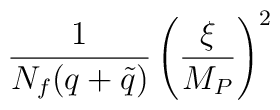
{1 \over N_f (q + \tilde q)} \left( {\xi \over M_P} \right)^2